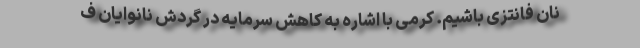
نان فانتزی باشیم. کرمی با اشاره به کاهش سرمایه در گردش نانوایان ف